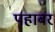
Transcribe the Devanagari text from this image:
पहाबर